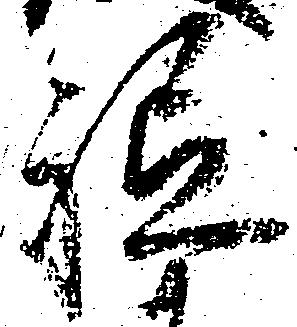
祗